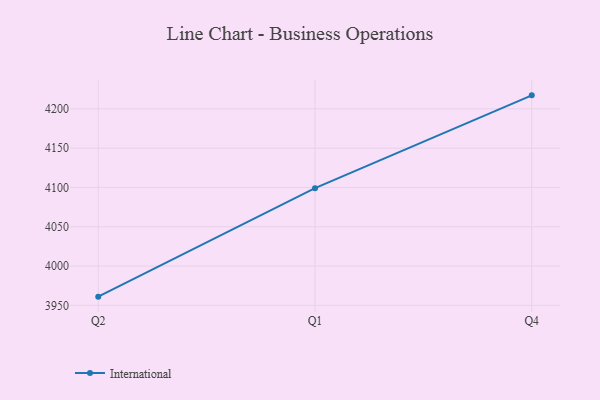
{"axis": {"x": "Quarter", "y": "Satisfaction Score"}, "legend": ["International"], "data": [{"x": "Q2", "y": 3961.1, "type": "International"}, {"x": "Q1", "y": 4099.1, "type": "International"}, {"x": "Q4", "y": 4217.1, "type": "International"}]}